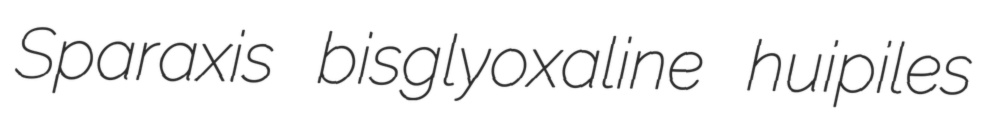
Sparaxis bisglyoxaline huipiles